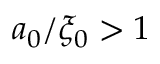
a _ { 0 } / \xi _ { 0 } > 1